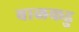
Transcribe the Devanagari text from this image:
बाळकडु